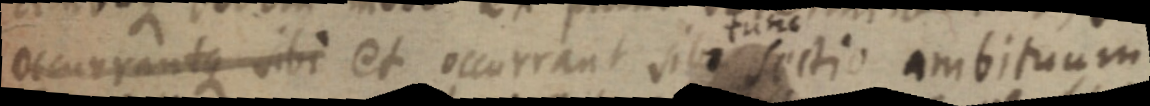
occurrantque sibi et occurrant sibi sectio ambituum